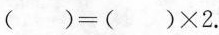
()=()×2.